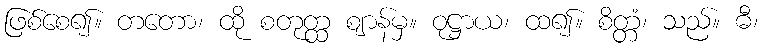
ဖြစ်စေ၍။ တတော၊ ထို စတုတ္ထ ဈာန်မှ။ ဝုဋ္ဌာယ၊ ထ၍။ စိတ္တံ၊ သည်။ ဓီ၊